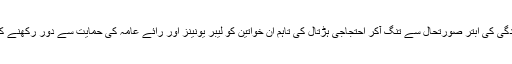
1908 میں نیو یارک کی اسی فیکٹری میں کام کرنے والی کارکنوں نے کام اور اپنی روز مرہ زندگی کی ابتر صورتحال سے تنگ آکر احتجاجی ہڑتال کی تاہم ان خواتین کو لیبر یونینز اور رائے عامہ کی حمایت سے دور رکھنے کے لئے نیو یارک کی کاٹن فیکٹری کے مالکین نے ان عورتوں کو فیکٹری کے اندر بند کر دیا تھا۔